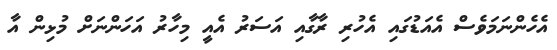
އެހެންނަމަވެސް އެއަޑުގައި އެހުރި ރާގާއި އަސަރު އެއީ މިހާރު އަހަންނަށް މުޅިން އާ